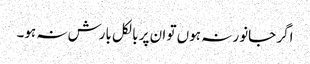
اگر جانور نہ ہوں تو ان پر بالکل بارش نہ ہو۔